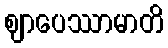
ဈာပေဿာမာတိ